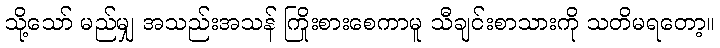
သို့သော် မည်မျှ အသည်းအသန် ကြိုးစားစေကာမူ သီချင်းစာသားကို သတိမရတော့။